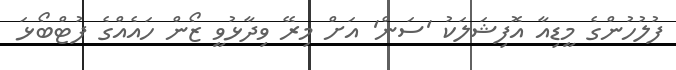
ފުލުހުންގެ މީޑިއާ އޮފިޝަލަކު 'ސަން' އަށް މިރޭ ވިދާޅުވީ ޒޯން ހައެއްގެ ފުޓްބޯޅަ